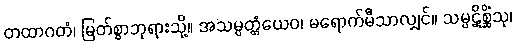
တထာဂတံ၊ မြတ်စွာဘုရားသို့။ အသမ္ပတ္တံယေဝ၊ မရောက်မီသာလျှင်။ သမ္ပဋိစ္ဆိံသု၊